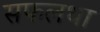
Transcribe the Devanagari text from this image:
सफलथा